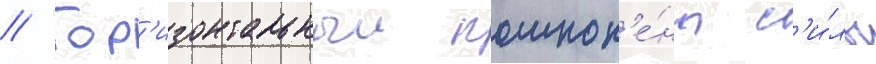
// Гор'изонтальныи компон'е́нт с'и́лы